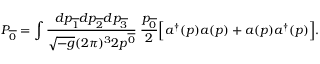
P _ { \overline { { { 0 } } } } = \int { \frac { d p _ { \overline { { { 1 } } } } d p _ { \overline { { { 2 } } } } d p _ { \overline { { { 3 } } } } } { \sqrt { - g } ( 2 \pi ) ^ { 3 } 2 p ^ { \overline { { { 0 } } } } } } \; { \frac { p _ { \overline { { { 0 } } } } } { 2 } } \Big [ a ^ { \dagger } ( p ) a ( p ) + a ( p ) a ^ { \dagger } ( p ) \Big ] .